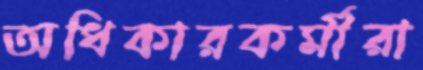
অধিকারকর্মীরা